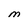
Character: M